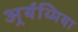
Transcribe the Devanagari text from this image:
अर्र्यथ्मिया